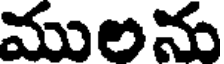
ములను